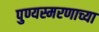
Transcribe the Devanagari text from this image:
पुण्यस्मरणाच्या